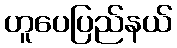
ဟူပေပြည်နယ်